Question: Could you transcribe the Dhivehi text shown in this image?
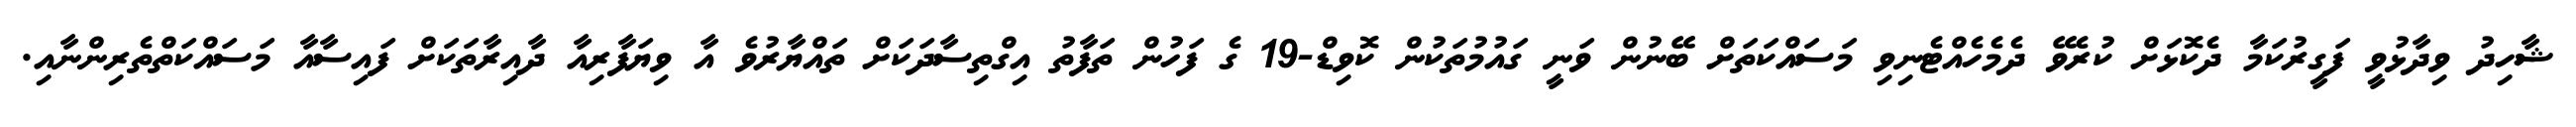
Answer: ޝާހިދު ވިދާޅުވީ ފަގީރުކަމާ ދެކޮޅަށް ކުރެވޭ ދެމެހެއްޓެނިވި މަސައްކަތަށް ބޭނުން ވަނީ ގައުމުތަކުން ކޮވިޑް-19 ގެ ފަހުން ތަފާތު އިގްތިސާދަކަށް ތައްޔާރުވެ އާ ވިޔަފާރިއާ ދާއިރާތަކަށް ފައިސާއާ މަސައްކަތްތެރިންނާއި.